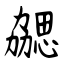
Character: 勰